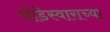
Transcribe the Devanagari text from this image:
घोडेस्वाराच्या